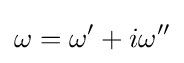
\omega =\omega ^{\prime }+i\omega ^{\prime \prime }